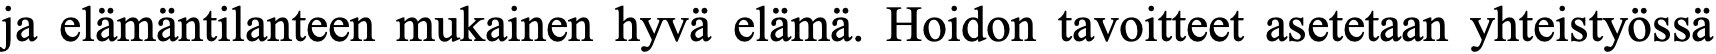
ja elämäntilanteen mukainen hyvä elämä. Hoidon tavoitteet asetetaan yhteistyössä